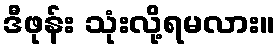
ဒီဖုန်း သုံးလို့ရမလား။